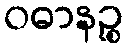
ဝဓာနဉ္စ